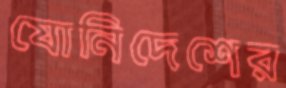
যোনিদেশের